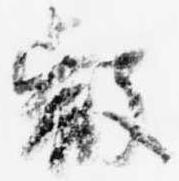
叡